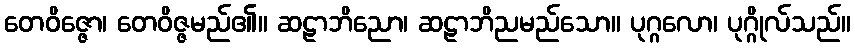
တေဝိဇ္ဇော၊ တေဝိဇ္ဇမည်၏။ ဆဠာဘိညော၊ ဆဠာဘိညမည်သော။ ပုဂ္ဂလော၊ ပုဂ္ဂိုလ်သည်။